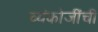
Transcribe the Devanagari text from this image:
व्यंकोजींची